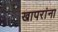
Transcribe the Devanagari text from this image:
खापरांना